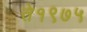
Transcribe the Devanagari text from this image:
ते१९७५